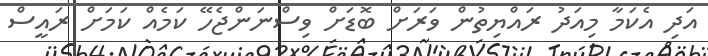
އަދި އެކަމާ މިއަދު ރައްޔިތުން ވަރަށް ބޮޑަށް ވިސްނަންޖެހޭ ކަމެއް ކަމަށް ރައީސް